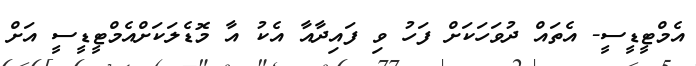
އެމްޓީޑީސީ- އެތައް ދުވަހަކަށް ފަހު ވި ފައިދާއާ އެކު އާ މޮޑެލަކަށްއެމްޓީޑީސީ އަށް